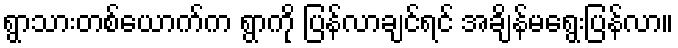
ရွာသားတစ်ယောက်က ရွာကို ပြန်လာချင်ရင် အချိန်မရွေးပြန်လာ။